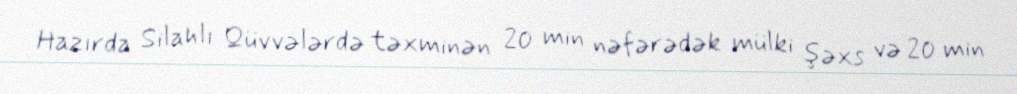
Hazırda Silahlı Qüvvələrdə təxminən 20 min nəfərədək mülki şəxs və 20 min